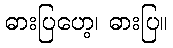
ဓားပြဟေ့၊ ဓားပြ။